Annual report of the Punjab Veterinary College and of the Civil Veterinary Department, Punjab - 1926-1932
Year: 1926
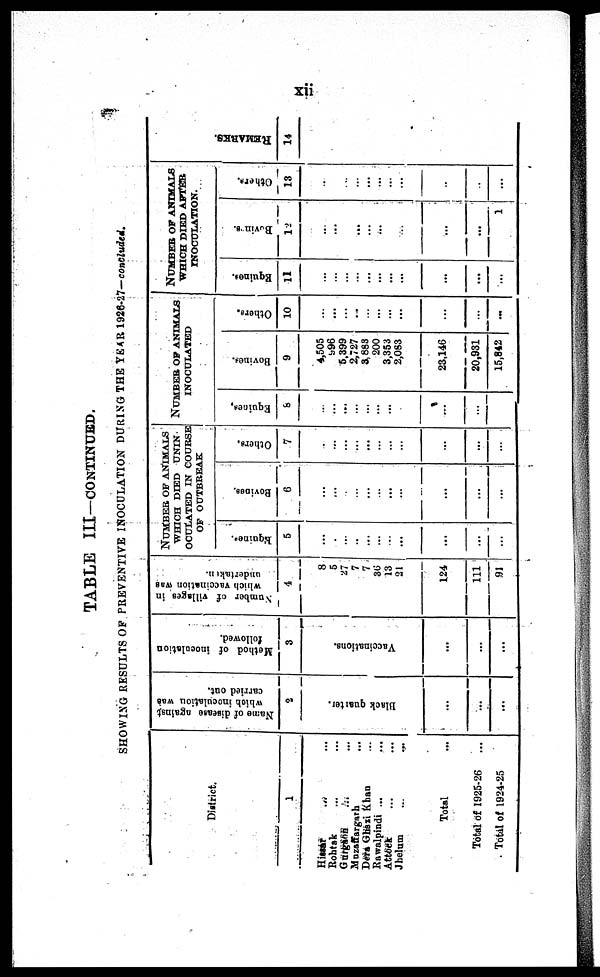
xii
TABLE III—CONTINUED.
SHOWING RESULTS OF PREVENTIVE INOCULATION DURING THE YEAR 1926-27-concluded.
District.
1
Hissar ... ...
Rohtak ... ...
Gurgaon ... ...
Muzaffargarh ...
Dera Ghazi Khan ...
Rawalpindi ...
Attock ... ...
Jhelum
... ...
Total ...
Total of 1925-26
...
Total of 1924-25
Name of disease against
which inoculation was
carried out.
2
Black quarter.
...
...
...
Method of inoculation
followed.
3
Vaccinations.
...
...
...
Number
of villages in
which vaccination was
undertakan.
4
8
5
27
7
7
36
13
21
124
111
91
NUMBER OF ANIMALS
WHICH DEED UNIN
OCULATED IN COURSE
OF OUTBREAK
Equine
5
...
...
...
..
...
...
...
...
...
...
...
Bovines.
6
...
...
...
...
...
...
...
...
...
...
...
Others.
7
...
...
...
...
...
...
...
...
...
...
...
NUMBER OF ANIMALS
INOCULATED
Equines.
8
...
...
...
...
...
...
...
...
...
...
Bovines.
9
4,505
996
5,399
2,727
3,883
200
3,353
2,083
23,146
20,931
15,842
Others.
10
...
...
...
...
...
...
...
...
...
...
...
NUMBER OF ANIMALS
WHICH DIED AFTER
INOCULATION.
Equines.
11
...
...
...
...
...
...
...
...
...
...
...
Bovines.
12
...
...
...
...
...
...
...
...
...
...
1
Others.
13
...
...
...
...
...
...
...
...
...
...
...
REMARKS .
14